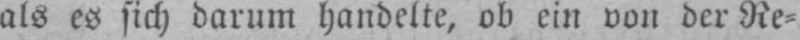
als es sich darum handelte, ob ein von der Re⸗